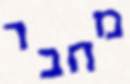
מחבר